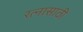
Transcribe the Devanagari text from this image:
रत्‍नासाठी